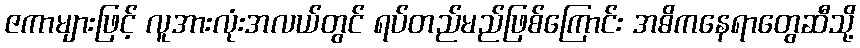
ဇကာများဖြင့် လူအားလုံးအလယ်တွင် ရပ်တည်မည်ဖြစ်ကြောင်း အဓိကနေရာတွေဆီသို့